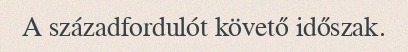
A századfordulót követő időszak.